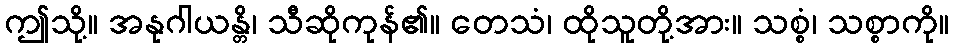
ဤသို့။ အနုဂါယန္တိ၊ သီဆိုကုန်၏။ တေသံ၊ ထိုသူတို့အား။ သစ္စံ၊ သစ္စာကို။